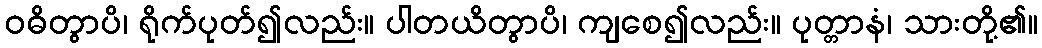
ဝဓိတွာပိ၊ ရိုက်ပုတ်၍လည်း။ ပါတယိတွာပိ၊ ကျစေ၍လည်း။ ပုတ္တာနံ၊ သားတို့၏။